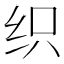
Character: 织